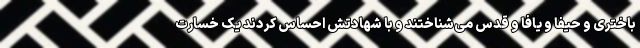
باختری و حیفا و یافا و قدس می‌شناختند و با شهادتش احساس کردند یک خسارت